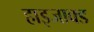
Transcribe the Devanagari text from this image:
हाइजाक्ड